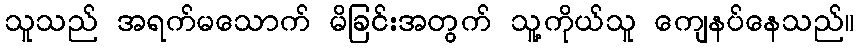
သူသည် အရက်မသောက် မိခြင်းအတွက် သူ့ကိုယ်သူ ကျေနပ်နေသည်။